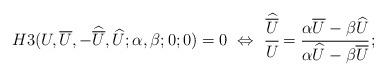
LaTeX: \begin{align*} H3(U,\overline{U},-\widehat{\overline{U}},\widehat{U};\alpha,\beta;0;0)=0 ~\Leftrightarrow~ \cfrac{\widehat{\overline{U}}}{U}=\cfrac{\alpha\overline{U}-\beta\widehat{U}}{\alpha\widehat{U}-\beta\overline{U}}\,;\end{align*}